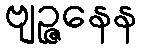
ဗျဉ္ဇနေန